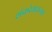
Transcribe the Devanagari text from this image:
शंकरेश्वराच्या